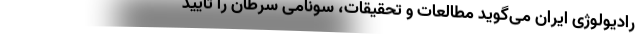
رادیولوژی ایران می‌گوید مطالعات و تحقيقات،‌ سونامی سرطان را تایید